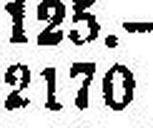
2170